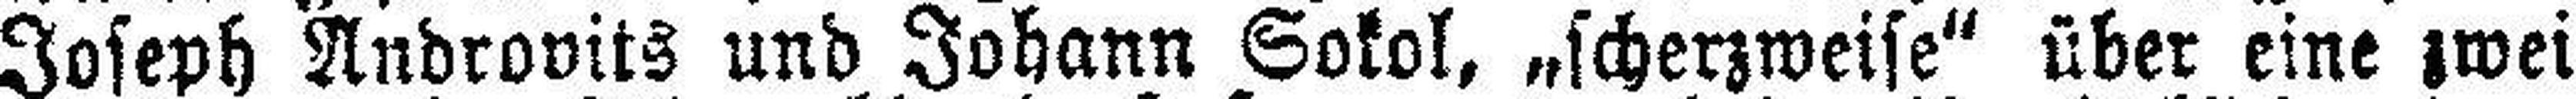
Joseph Androvits und Johann Sokol, „scherzweise“ über eine zwei